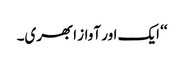
‘‘ ایک اور آواز ابھری۔